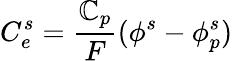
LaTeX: C_{e}^{s}=\frac{\mathbb{C}_{p}}{F}(\phi^{s}-\phi_{p}^{s})